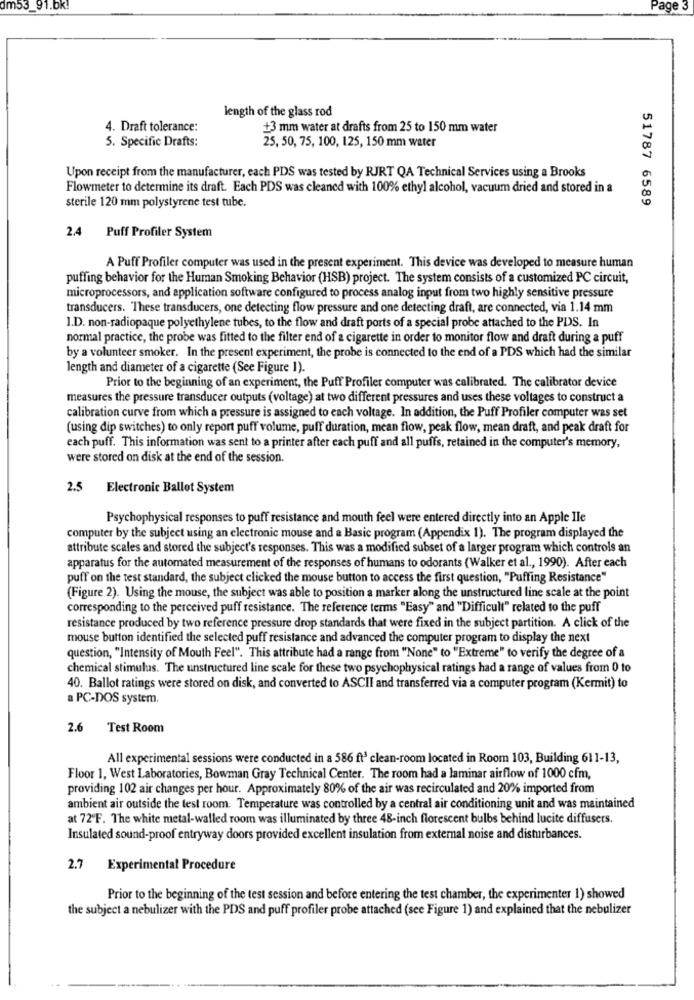
dm53_91.bk!
Page 3
length of the glass rod
4. Draft tolerance:
+3 mm water at drafts from 25 to 150 mm water
5. Specific Drafts:
25, 50, 75, 100, 125, 150 mm water
Upon receipt from the manufacturer, each PDS was tested by RJRT QA Technical Services using a Brooks
Flowmeter to determine its draft. Each PDS was cleaned with 100% ethyl alcohol, vacuum dried and stored in a
sterile 120 mm polystyrene test tube.
51787 6589
2.4
Puff Profiler System
A Puff Profiler computer was used in the present experiment. This device was developed to measure human
puffing behavior for the Human Smoking Behavior (HSB) project. The system consists of a customized PC circuit,
microprocessors, and application software configured to process analog input from two highly sensitive pressure
transducers. These transducers, one detecting flow pressure and one detecting draft, are connected, via 1.14 mm
I.D. non-radiopaque polyethylene tubes, to the flow and draft ports of a special probe attached to the PDS. In
normal practice, the probe was fitted to the filter end of a cigarette in order to monitor flow and draft during a puff
by a volunteer smoker. In the present experiment, the probe is connected to the end of a PDS which had the similar
length and diameter of a cigarette (See Figure 1).
Prior to the beginning of an experiment, the Puff Profiler computer was calibrated. The calibrator device
measures the pressure transducer outputs (voltage) at two different pressures and uses these voltages to construct a
calibration curve from which a pressure is assigned to each voltage. In addition, the Puff Profiler computer was set
(using dip switches) to only report puff volume, puff duration, mean flow, peak flow, mean draft, and peak draft for
each puff. This information was sent to a printer after each puff and all puffs, retained in the computer's memory,
were stored on disk at the end of the session.
2.5
Electronic Ballot System
Psychophysical responses to puff resistance and mouth feel were entered directly into an Apple Ile
computer by the subject using an electronic mouse and a Basic program (Appendix 1). The program displayed the
attribute scales and stored the subject's responses. This was a modified subset of a larger program which controls an
apparatus for the automated measurement of the responses of humans to odorants (Walker et al ., 1990). After each
puff on the test standard, the subject clicked the mouse button to access the first question, "Puffing Resistance"
(Figure 2). Using the mouse, the subject was able to position a marker along the unstructured line scale at the point
corresponding to the perceived puff resistance. The reference terms "Easy" and "Difficult" related to the puff
resistance produced by two reference pressure drop standards that were fixed in the subject partition. A click of the
mouse button identified the selected puff resistance and advanced the computer program to display the next
question, "Intensity of Mouth Feel". This attribute had a range from "None" to "Extreme" to verify the degree of a
chemical stimulus. The unstructured line scale for these two psychophysical ratings had a range of values from 0 to
40. Ballot ratings were stored on disk, and converted to ASCII and transferred via a computer program (Kermit) to
a PC-DOS system.
2.6 Test Room
All experimental sessions were conducted in a 586 ft3 clean-room located in Room 103, Building 611-13,
Floor 1, West Laboratories, Bowman Gray Technical Center. The room had a laminar airflow of 1000 cfm,
providing 102 air changes per hour. Approximately 80% of the air was recirculated and 20% imported from
ambient air outside the test room. Temperature was controlled by a central air conditioning unit and was maintained
at 72ºF. The white metal-walled room was illuminated by three 48-inch florescent bulbs behind lucite diffusers.
Insulated sound-proof entryway doors provided excellent insulation from external noise and disturbances.
2.7 Experimental Procedure
Prior to the beginning of the test session and before entering the test chamber, the experimenter 1) showed
the subject a nebulizer with the PDS and puff profiler probe attached (see Figure 1) and explained that the nebulizer